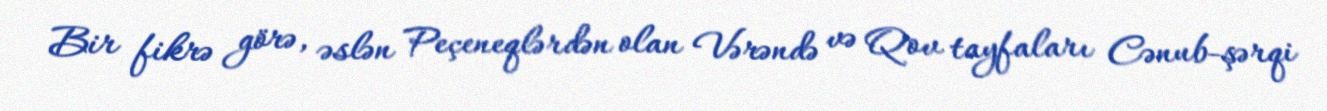
Bir fikrə görə, əslən Peçeneqlərdən olan Vərəndə və Qov tayfaları Cənub-şərqi